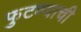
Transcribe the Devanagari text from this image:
फुटण्याची